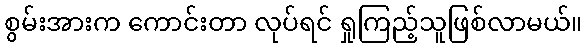
စွမ်းအားက ကောင်းတာ လုပ်ရင် ရှုကြည့်သူဖြစ်လာမယ်။